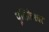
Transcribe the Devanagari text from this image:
पूतिकेश्वर